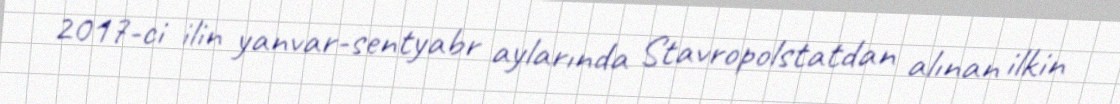
2017-ci ilin yanvar-sentyabr aylarında Stavropolstatdan alınan ilkin